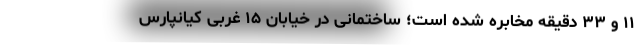
۱۱ و ۳۳ دقیقه مخابره شده است؛ ساختمانی در خیابان ۱۵ غربی کیانپارس